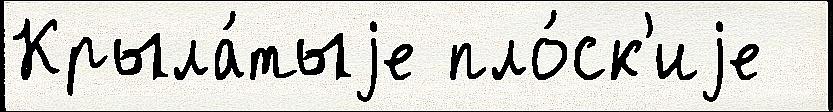
Крыла́тыjе пло́ск'иjе